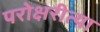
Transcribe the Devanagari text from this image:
परोक्षरीत्या